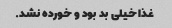
غذا خیلی بد بود و خورده نشد.